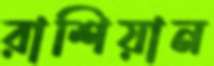
রাশিয়ান